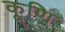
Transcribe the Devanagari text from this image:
कूणि